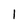
Character: 1